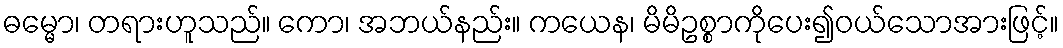
ဓမ္မော၊ တရားဟူသည်။ ကော၊ အဘယ်နည်း။ ကယေန၊ မိမိဥစ္စာကိုပေး၍ဝယ်သောအားဖြင့်။